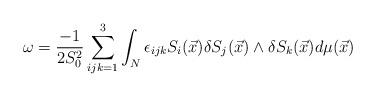
LaTeX: \begin{align*}\omega=\frac{-1}{2S_{0}^{2}}\sum_{ijk=1}^3\int_N\epsilon_{ijk}S_i(\vec{x})\delta S_j(\vec{x})\wedge\delta S_k(\vec{x})d\mu(\vec{x})\end{align*}